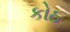
કોઠ